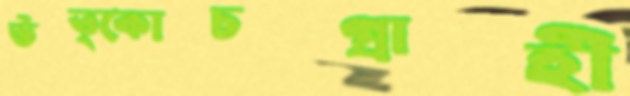
উত্কোচগ্রাহী